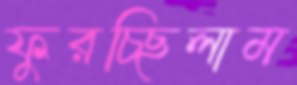
ফুরচ্ছিলাম